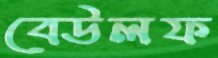
বেউলফ